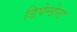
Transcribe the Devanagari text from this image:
डिपेन्डेन्ट